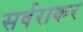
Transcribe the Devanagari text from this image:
सर्वराकर